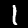
Label: 1